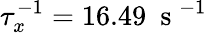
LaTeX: \tau_{x}^{-1}=16.49~\mathrm{~s~}^{-1}